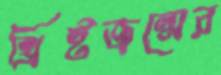
খ্রিষ্টজন্মের